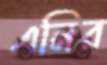
এনির